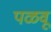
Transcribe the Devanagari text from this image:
पळवू